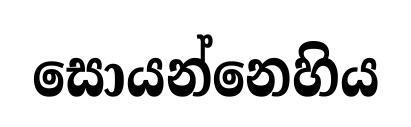
සොයන්නෙහිය